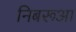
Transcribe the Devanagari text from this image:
निबरूआ